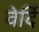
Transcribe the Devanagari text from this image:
वेर्दि